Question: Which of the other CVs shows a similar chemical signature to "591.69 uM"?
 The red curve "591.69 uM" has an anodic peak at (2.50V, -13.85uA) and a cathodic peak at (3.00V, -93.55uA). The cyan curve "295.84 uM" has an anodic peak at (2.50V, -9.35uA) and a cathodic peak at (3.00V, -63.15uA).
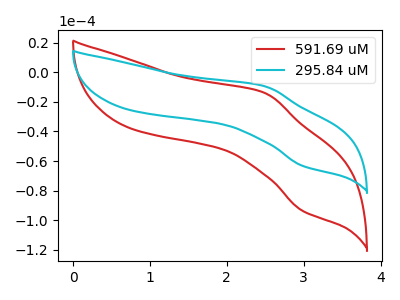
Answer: <think>All the peaks in "591.69 uM" have a peak in "295.84 uM" at the same potential.
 </think>
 <answer>The CV with the most similar shape to "295.84 uM" is "591.69 uM".</answer>
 <eval>"591.69 uM"</eval>